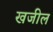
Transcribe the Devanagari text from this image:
खजील